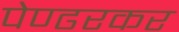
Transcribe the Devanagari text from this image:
पेण्ढरकर